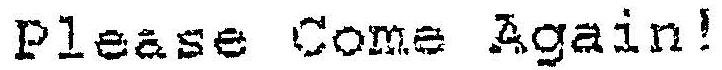
PLEASE COME AGAIN!